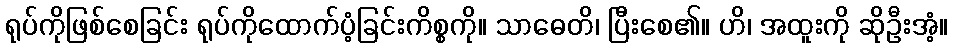
ရုပ်ကိုဖြစ်စေခြင်း ရုပ်ကိုထောက်ပံ့ခြင်းကိစ္စကို။ သာဓေတိ၊ ပြီးစေ၏။ ဟိ၊ အထူးကို ဆိုဦးအံ့။